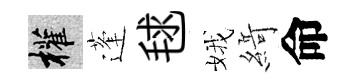
權蓬毬娥𦂶命